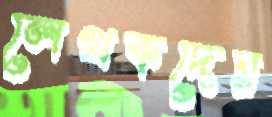
লেখকদের